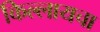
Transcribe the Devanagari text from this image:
किल्लायचा